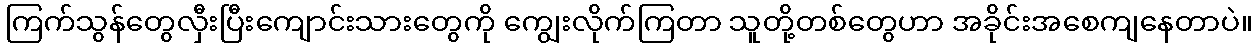
ကြက်သွန်တွေလှီးပြီးကျောင်းသားတွေကို ကျွေးလိုက်ကြတာ သူတို့တစ်တွေဟာ အခိုင်းအစေကျနေတာပဲ။